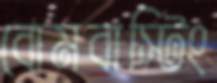
বোমবাস্টিং